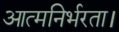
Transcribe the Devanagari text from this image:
आत्मनिर्भरता।